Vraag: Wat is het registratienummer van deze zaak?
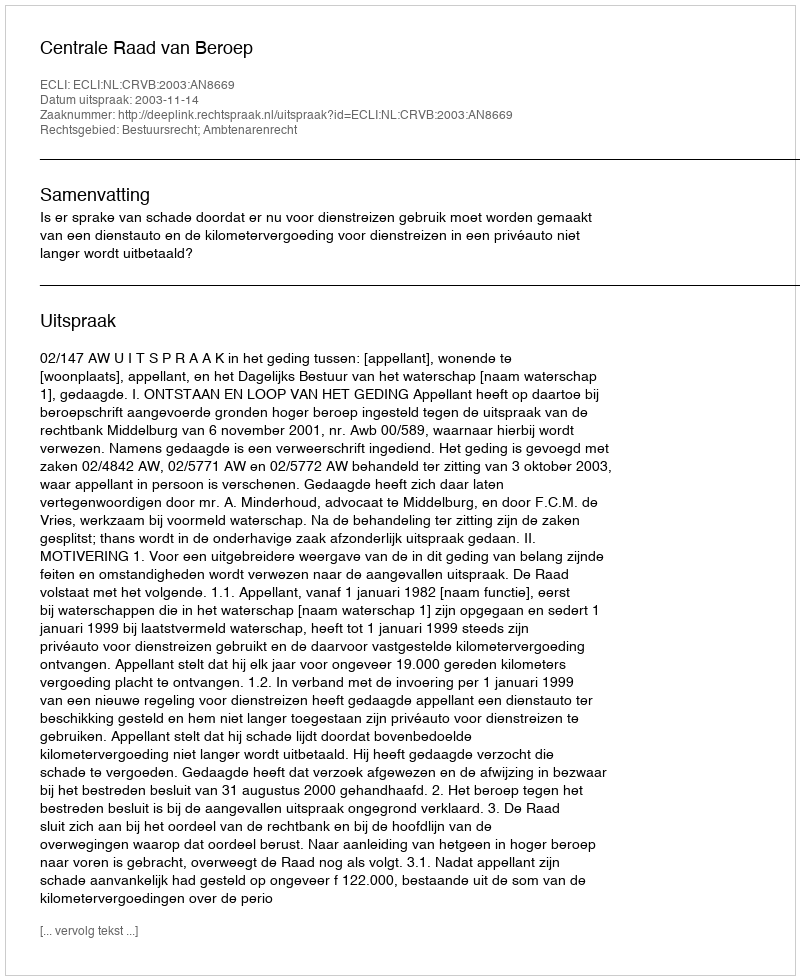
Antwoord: http://deeplink.rechtspraak.nl/uitspraak?id=ECLI:NL:CRVB:2003:AN8669